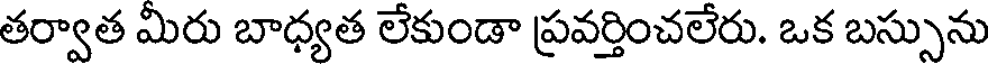
తర్వాత మిరు బాధ్యత లేకుండా ప్రవర్తించలేరు. ఒక బస్సును